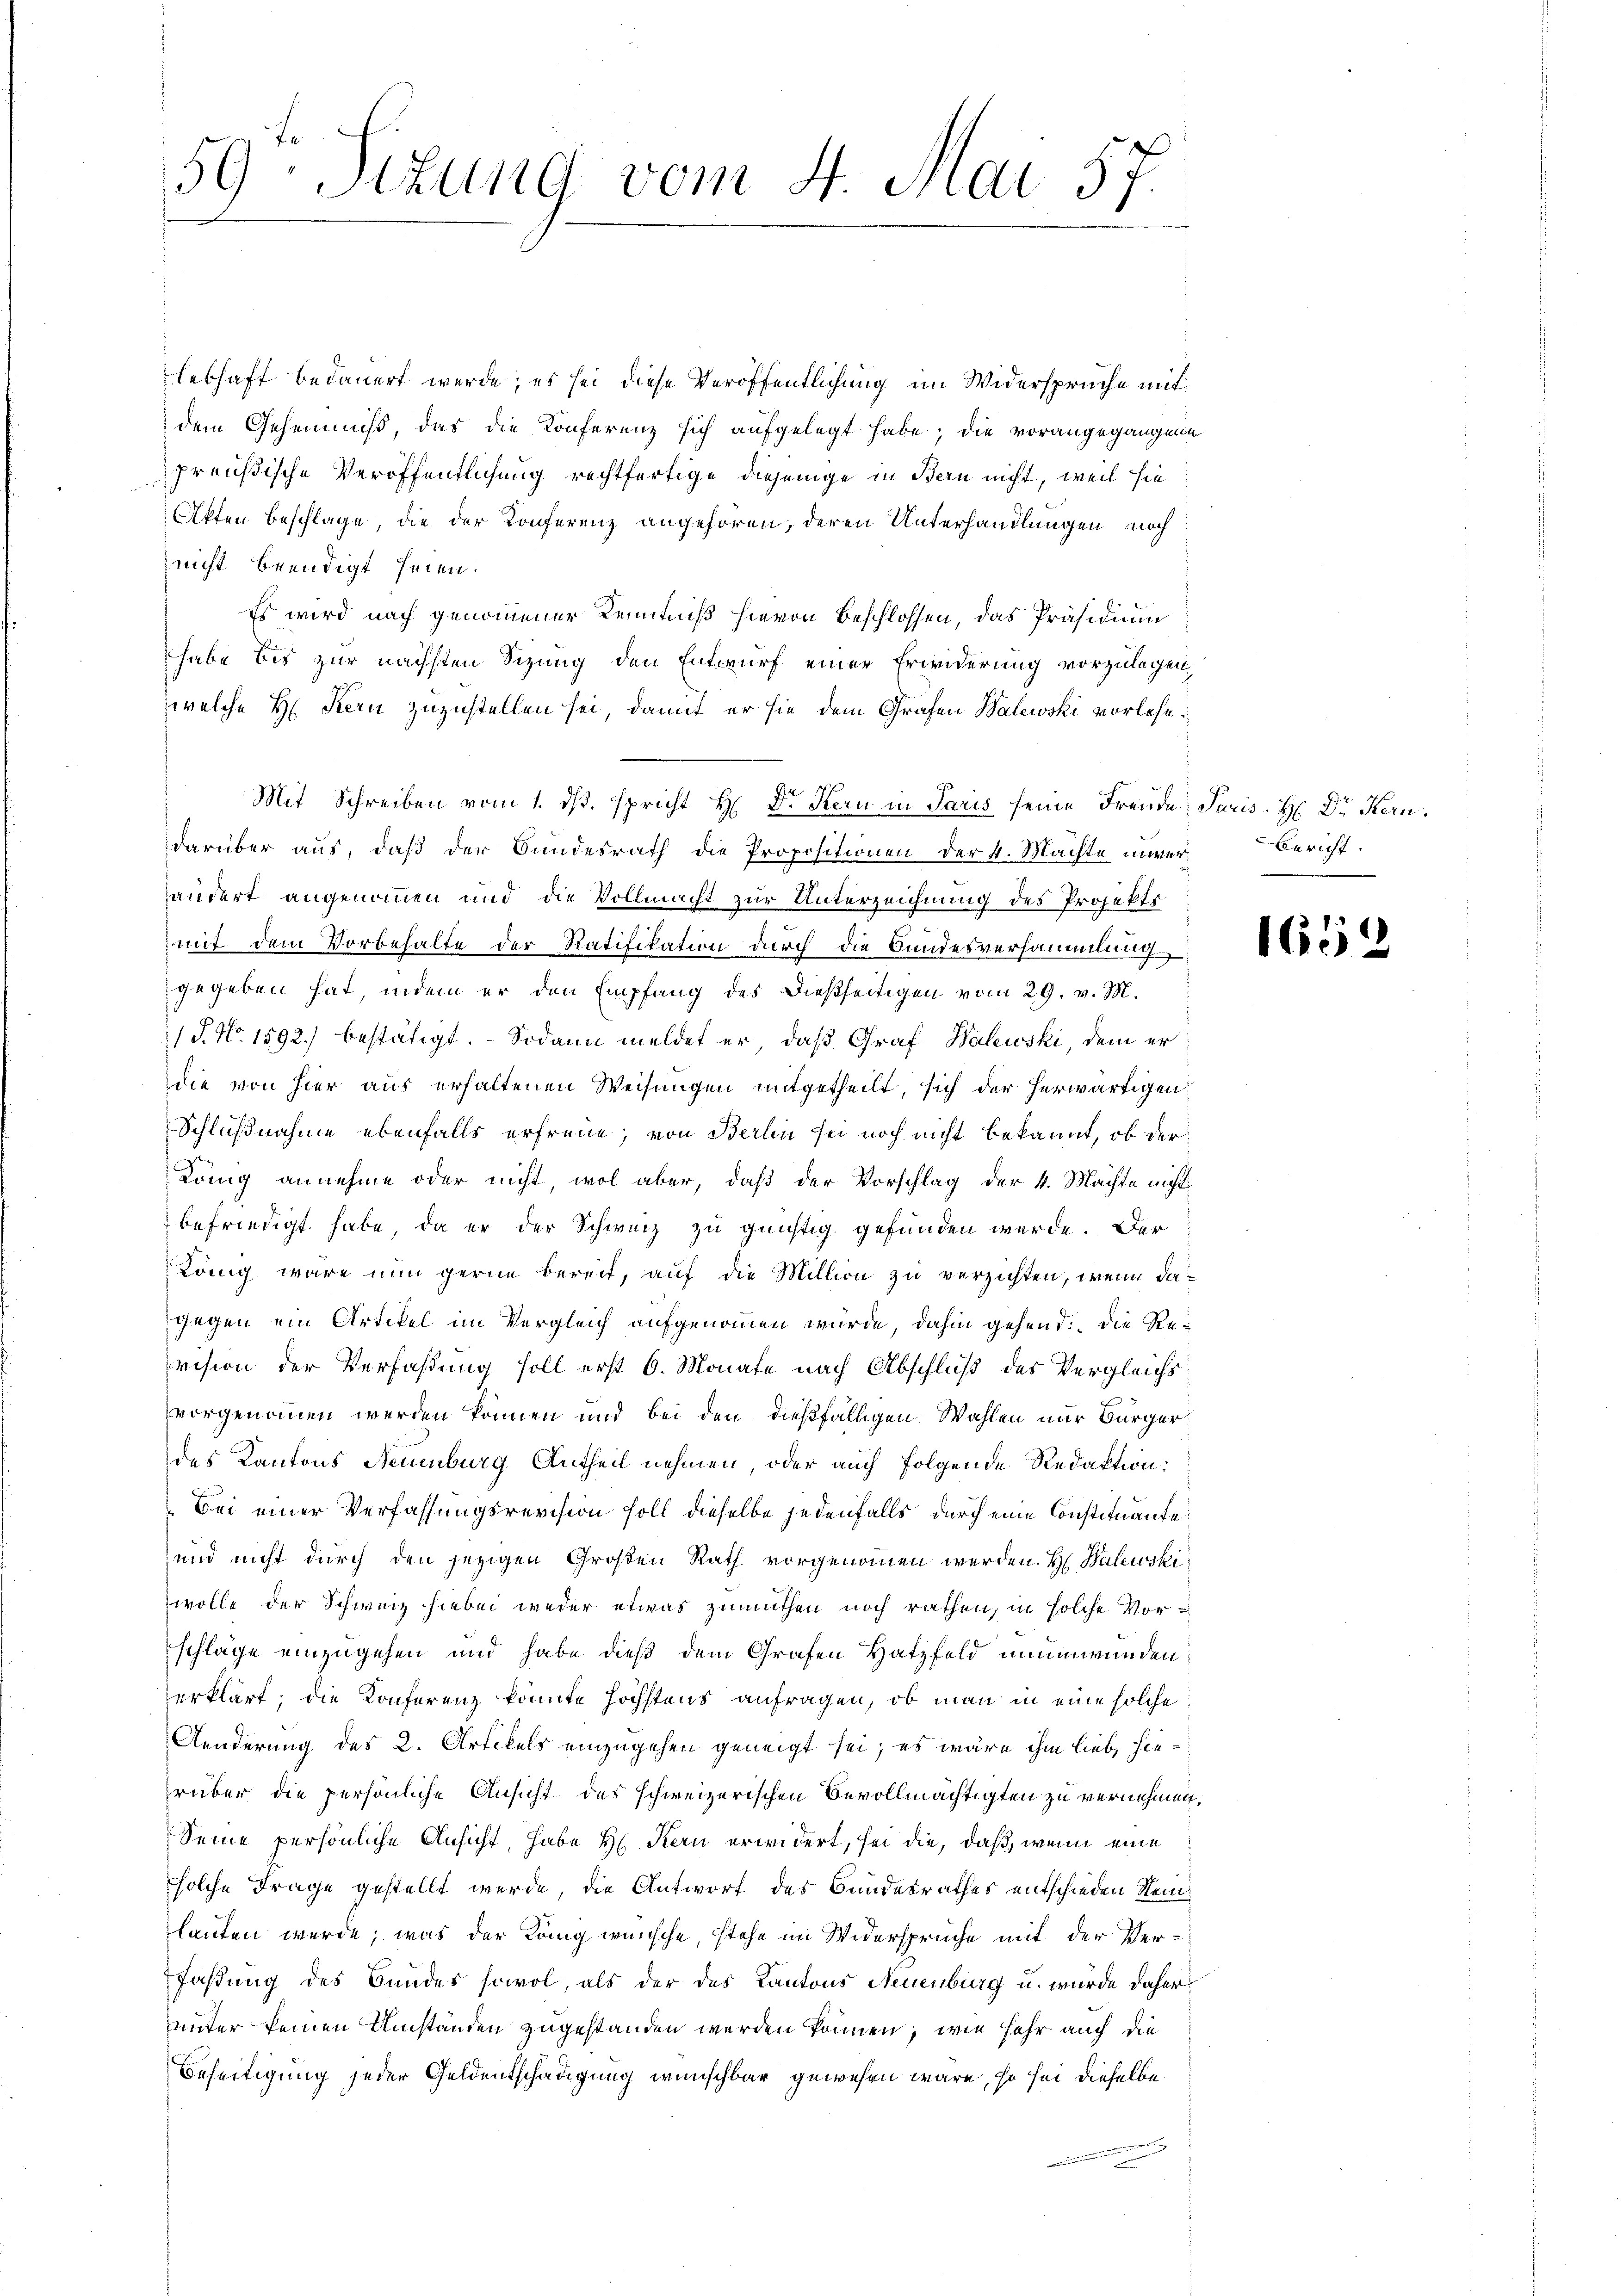
59. Sizung vom 4. Mai 57.

lebhaft bedauert werde; es sei diese Veröffentlichung im Widerspruche mit
dem Geheimniß, das die Konferenz sich aufgelegt habe; die vorangegangenen
preußische Veröffentlichung rechtfertige diejenige in Bern nicht, weil sie
Akten Beschlage, die der Konferenz angehören, deren Unterhandlungen noch
nicht beendigt seien.
Es wird nach genommener Kenntniß hievon Beschlossen, das Präsidium
habe bis zur nächsten Sizung den Entwurf einer Erwiderung vorzulegen,
welche H. Stern zuzustellen sei, damit er sie dem Grafen Walewski vorlese¬
Mit Schreiben vom 1. ds. spricht H. Dr Kern in Paris seine Freude Paris-H Dr. Kern
darüber aus, daß der Bundesrath die Propositionen der 4. Machte unerändert angenommen und die Vollmacht zur Unterzeichnung des Projekti
mit dem Vorbehalte der Ratifikation durch die Bundesversammlung
gegeben hat, indem er den Empfang des dießseitigen vom 29. v. M.
(P. Nr. 1592.) bestätigt. Sodann meldet er, daß Graf Walewski, dem er
die von hier aus erhaltenen Weisungen mitgetheilt, sich der herwärtigen.
Schlußnahme ebenfalls erfreue, von Berlin sei noch nicht bekannt, ob der
Köng annehme oder nicht, wol aber, daß der Vorschlag der 4. Machte nicht
befriedigt habe, da er der Schweiz zu günstig gefunden werde. Der
König wäre nun gerne bereit, auf die Million zu verzichten, wenn dagegen ein Artikel im Vergleich aufgenommen würde, dahin gehend. Die Revision der Verfaßung soll erst 6. Monate nach Abschluß des Vergleichs
vorgenommen werden können und bei den dießfälligen Wahlen nur Bürger
des Kantons Neuenburg Antheil nehmen, oder auch folgende Redaktion:
n
Bei einer Verfassungsrevision soll dieselbe jedenfalls durch eine Constituante
und nicht durch den jezigen Großen Rath vorgenommen werden. H. Balewskiwolle der Schweiz hiebei weder etwas zumuthen noch rathen, in solche Vorschläge einzugehen und habe dieß dem Grafen Hatzfeld naumwunden:
erklärt; die Konferenz könnte höchstens anfragen, ob man in eine solche
Aenderung des 2. Artikels einzugehen geneigt sei; es wäre ihm lieb, hierüber die persönliche Ansicht des schweizerischen Bevollmächtigten zu vernehmen,
Seine persönliche Ansicht, habe H. Kern erwidert, sei die, daß, wenn eine
solche Frage gestellt werde, die Antworf des Bundesrathes entschieden Steinlauten werde; was der König wünsche, stehe im Widersprüche mit der Verfaßung des Bundes sowol, als der des Kantons Neuenburg u. wurde daher
unter keinen Umständen zugestanden werden können, wie sehr auch die
Beseitigung jeder Geldentschädigung wünschbar gewesen wäre, so sei dieselbe

Bericht.

1632